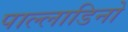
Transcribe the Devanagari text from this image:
पाल्लाडिनो